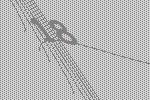
18